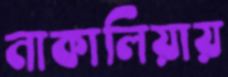
নাকালিয়ায়